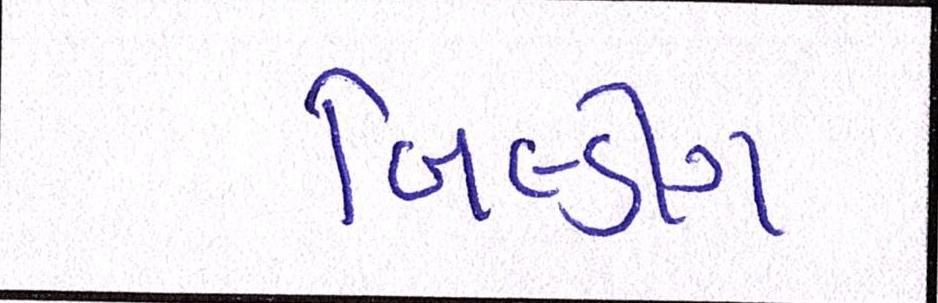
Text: બિલ્ડીંગ